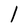
Character: l